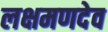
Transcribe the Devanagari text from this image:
लक्षमणदेव